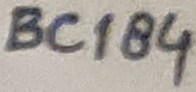
Text: BC184